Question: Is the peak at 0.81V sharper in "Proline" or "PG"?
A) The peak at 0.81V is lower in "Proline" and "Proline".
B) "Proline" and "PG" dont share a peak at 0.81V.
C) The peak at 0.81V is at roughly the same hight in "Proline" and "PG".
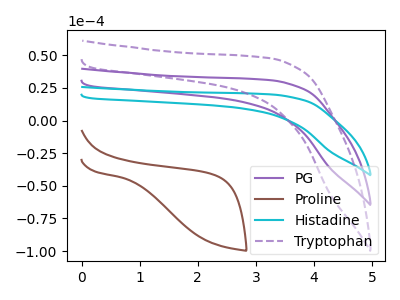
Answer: <think>The purple curve "PG" has no peaks. The brown curve "Proline" has no peaks. The cyan curve "Histadine" has no peaks. The purple dashed curve "Tryptophan" has no peaks.</think>
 <answer>B) "Proline" and "PG" dont share a peak at 0.81V.</answer>
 <eval>B</eval>